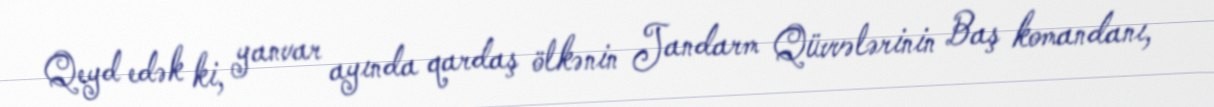
Qeyd edək ki, yanvar ayında qardaş ölkənin Jandarm Qüvvələrinin Baş komandanı,